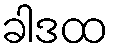
ခါဒထ